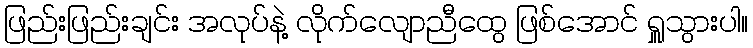
ဖြည်းဖြည်းချင်း အလုပ်နဲ့ လိုက်လျောညီထွေ ဖြစ်အောင် ရှူသွားပါ။